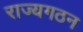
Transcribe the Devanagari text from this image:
राज्यगठन